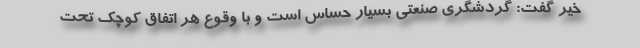
خیر گفت: گردشگری صنعتی بسیار حساس است و با وقوع هر اتفاق کوچک تحت